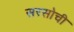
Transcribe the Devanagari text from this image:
सरसोची